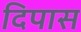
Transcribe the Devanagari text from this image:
दिपास